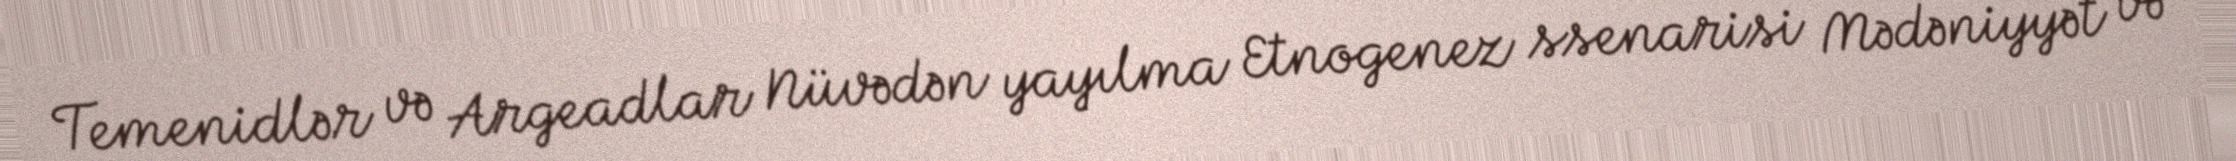
Temenidlər və Argeadlar Nüvədən yayılma Etnogenez ssenarisi Mədəniyyət və